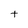
Character: t